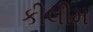
કીલીમ